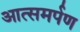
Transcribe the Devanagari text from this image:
आत्समर्पण